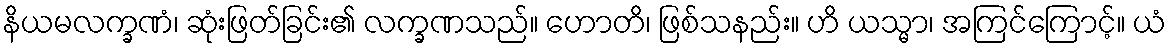
နိယမလက္ခဏံ၊ ဆုံးဖြတ်ခြင်း၏ လက္ခဏသည်။ ဟောတိ၊ ဖြစ်သနည်း။ ဟိ ယသ္မာ၊ အကြင်ကြောင့်။ ယံ